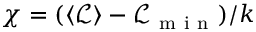
\chi = ( \langle \mathcal { L } \rangle - \mathcal { L } _ { \mathrm { ~ m ~ i ~ n ~ } } ) / k